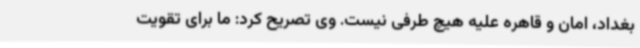
بغداد، امان و قاهره علیه هیچ طرفی نیست. وی تصریح کرد: ما برای تقویت